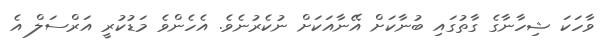
ވާހަކަ ޝިހާނާގެ ގާތުގައި ބުނާކަށް އޭނާއަކަށް ނުކެރުނެވެ. އެހެންވެ މަޑުކުރީ އަރްސަލް އެ